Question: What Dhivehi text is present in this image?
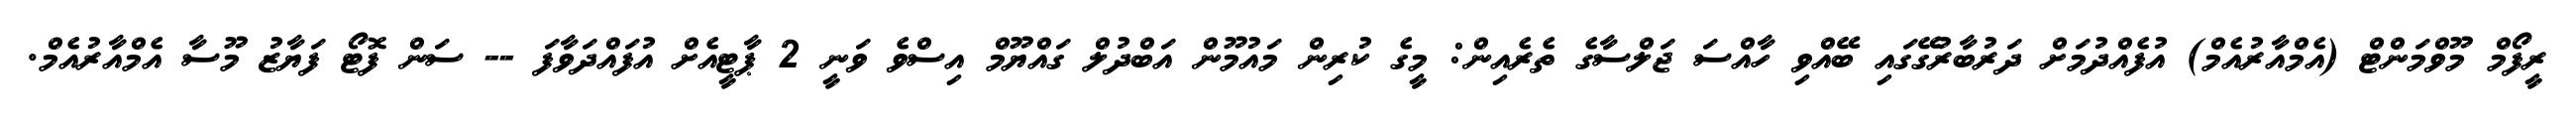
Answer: ރީފޯމް މޫވްމަންޓް (އެމްއާރުއެމް) އުފެއްދުމަށް ދަރުބާރުގޭގައި ބޭއްވި ހާއްސަ ޖަލްސާގެ ތެރެއިން: މީގެ ކުރިން މައުމޫން އަބްދުލް ގައްޔޫމް އިސްވެ ވަނީ 2 ޕާޓީއެށް އުފައްދަވާފަ -- ސަން ފޮޓޯ ފަޔާޒު މޫސާ އެމްއާރުއެމް.